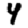
Digit: 4